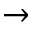
\rightarrow